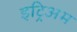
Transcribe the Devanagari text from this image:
इट्रिअम